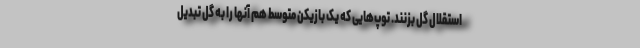
استقلال گل بزنند. توپ‌هایی که یک بازیکن متوسط هم آنها را به گل تبدیل